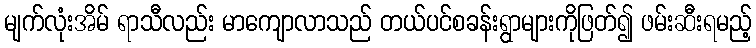
မျက်လုံးအိမ် ရာသီလည်း မာကျောလာသည် တယ်ပင်စခန်းရွာများကိုဖြတ်၍ ဖမ်းဆီးရမည့်